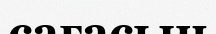
сағасын